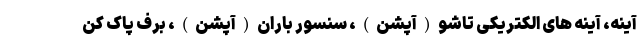
آینه، آینه های الکتریکی تاشو(آپشن)، سنسور باران(آپشن)، برف پاک کن